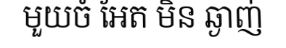
មួយចំ អែត មិន ឆ្ងាញ់